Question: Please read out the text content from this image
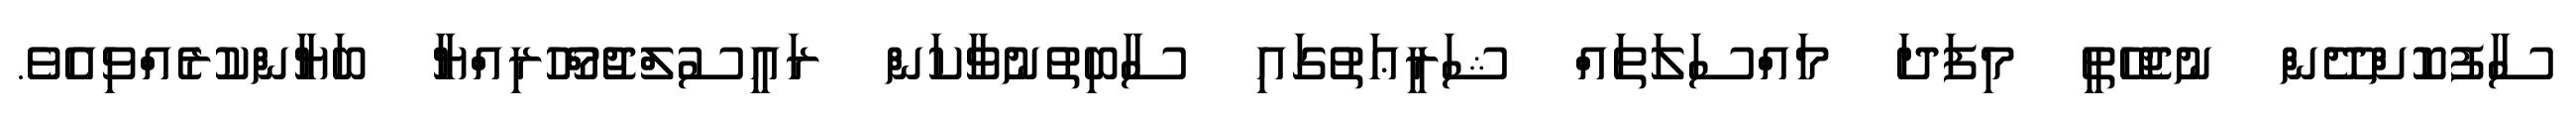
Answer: ސާފުކޮށްދޭން ނުޖެހޭތީ މިފަދަ މައްސަލަތައް ޝަރީޢަތުގައި ސާބިތުނުވާކަން ރައީސުލްޖުމްހޫރިއްޔާ ބަޔާންކުރެއްވިއެވެ.